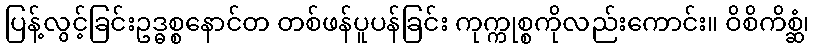
ပြန့်လွင့်ခြင်းဥဒ္ဓစ္စနောင်တ တစ်ဖန်ပူပန်ခြင်း ကုက္ကုစ္စကိုလည်းကောင်း။ ဝိစိကိစ္ဆံ၊